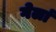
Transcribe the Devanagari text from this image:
गेलां